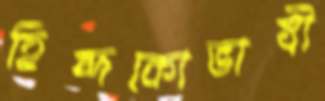
হিন্দকোভাষী